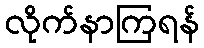
လိုက်နာကြရန်